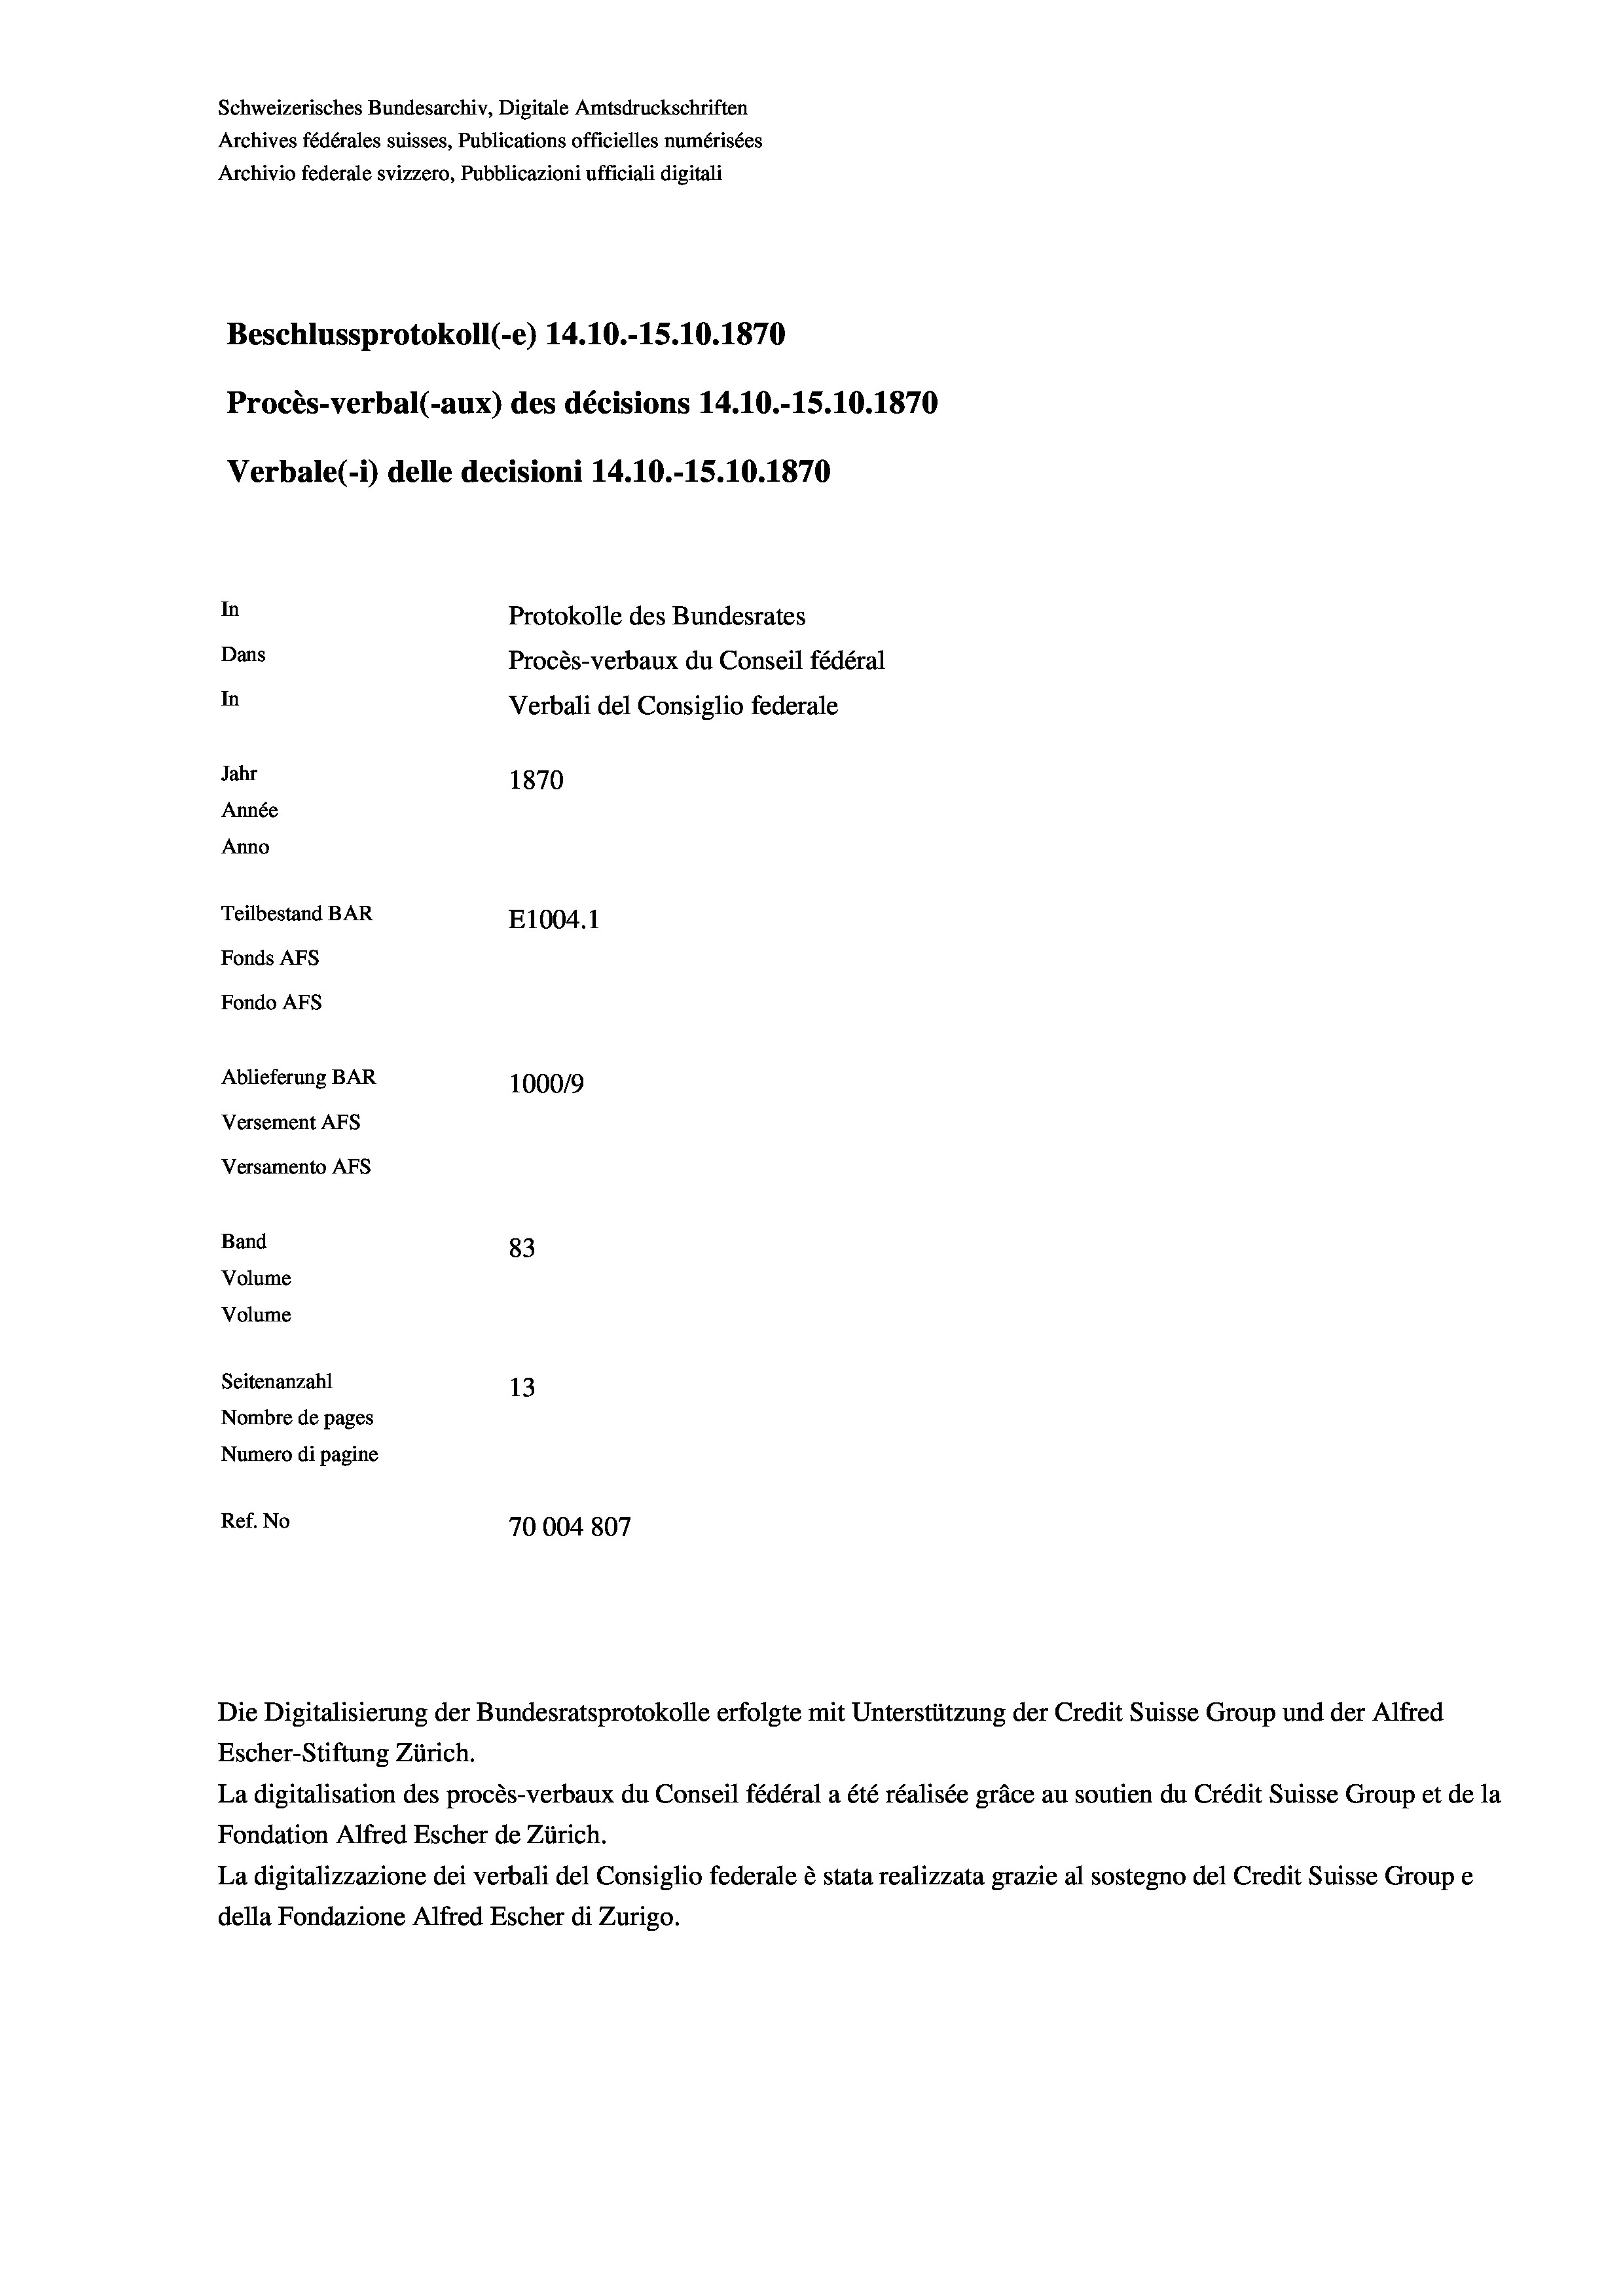
Schweizerisches Bundesarchiv, Digitale Amtsdruckschriften
Archives fédérales suisses, Publications officielles numérisées
Archivio federale svizzero, Pubblicazioni ufficiali digitali
Beschlussprotokoll (-e) 14.10.-15.10.1870
Procès-verbal (-aux) des décisions 14.10.-15.10.1870
Verbale (- 1) delle decisioni 14.10.-15.10.1870
In
Protokolle des Bundesrates
Dans
Procès-verbaux du Conseil fédéral
In
Verbali del Consiglio federale
Jahr
1870
Année
Anno
Teilbestand BAR
E1004. 1
Fonds Afs
Fondo AFS
Ablieferung BAR
100019
Versement Ans
Versamento Afs
Band
83
Volume
Volume
Seitenanzahl
13
Nombre de pages
Numero di pagine
Ref. No
70004 807

Die Digitalisierung der Bundesratsprotokolle erfolgte mit Unterstützung der Credit Suisse Group und der Alfred
Escher-Stiftung Zürich.
La digitalisation des procès-verbaux du Conseil fédéral a été réalisée gräce au soutien du Crédit Suisse Group et de la
Fondation Alfred Escher de Zürich.
La digitalizzazione dei verbali del Consiglio federale è stata realizzata grazie al sostegno del Credit Suisse Groupe
della Fondazione Alfred Escher di Zurigo.